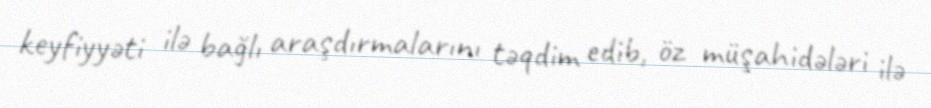
keyfiyyəti ilə bağlı araşdırmalarını təqdim edib, öz müşahidələri ilə